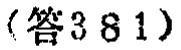
（答381）